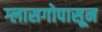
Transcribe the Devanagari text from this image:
ग्लासगोपासून